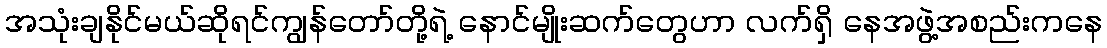
အသုံးချနိုင်မယ်ဆိုရင်ကျွန်တော်တို့ရဲ့ နောင်မျိုးဆက်တွေဟာ လက်ရှိ နေအဖွဲ့အစည်းကနေ